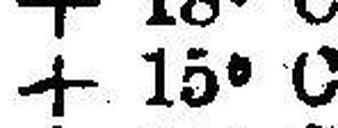
+ 15° C